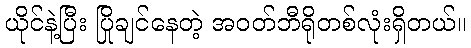
ယိုင်နဲ့ပြီး ပြိုချင်နေတဲ့ အဝတ်ဘီရိုတစ်လုံးရှိတယ်။